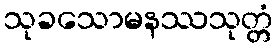
သုခသောမနဿသုတ္တံ